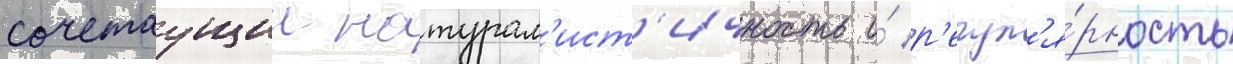
сочетаущии натурал'ист'ичность и́ р'егул'я́рность